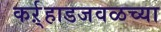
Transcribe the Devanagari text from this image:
कर्ऱ्हाडजवळच्या